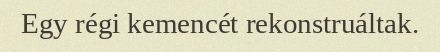
Egy régi kemencét rekonstruáltak.